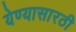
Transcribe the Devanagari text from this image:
येण्यासारठी